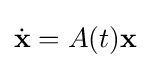
{\dot {\mathbf {x} }}=A(t)\mathbf {x}